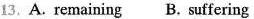
13.A.Remaining B、suffering